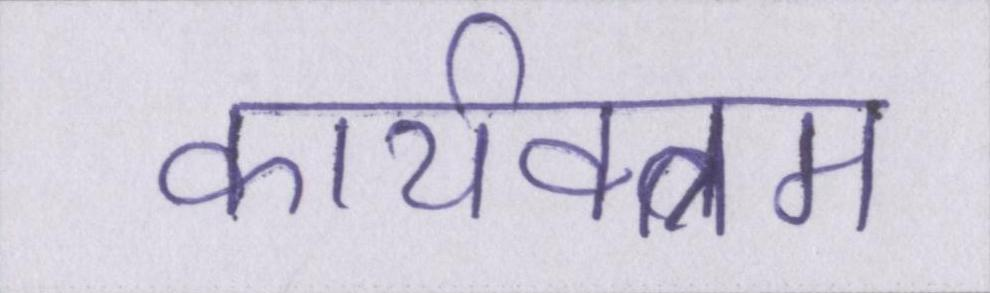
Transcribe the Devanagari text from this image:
कार्यक्त्रम